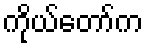
ကိုယ်တော်က